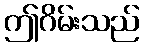
ဤဂိမ်းသည်